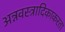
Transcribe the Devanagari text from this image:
अन्नवस्त्रादिकाकरता